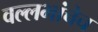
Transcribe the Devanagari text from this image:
वल्लभांचेच